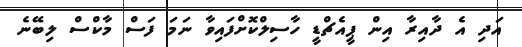
އަދި އެ ދާއިރާ އިން ޕީއެޗްޑީ ހާސިލްކޮށްފައިވާ ނަމަ ފަސް މާކްސް ލިބޭނެ